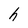
Character: h